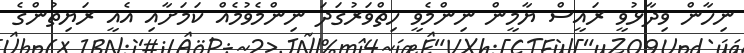
ނިހާން ވިދާޅުވީ ރައީސް ޔާމީން ނިންމެވީ ހިތްވަރުގަދަ ނިންމެވުމެއް ކަމަށާއި އެއީ ރަޔިތުންގެ